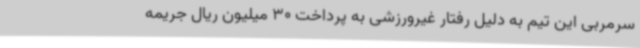
سرمربی این تیم به دلیل رفتار غیرورزشی به پرداخت 30 میلیون ریال جریمه